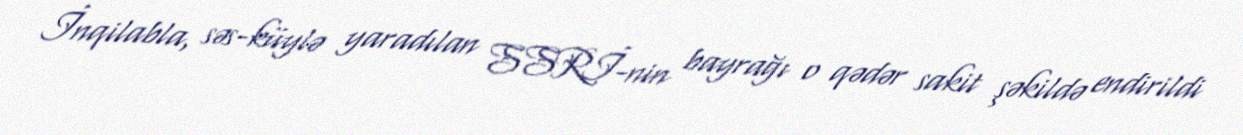
İnqilabla, səs-küylə yaradılan SSRİ-nin bayrağı o qədər sakit şəkildə endirildi